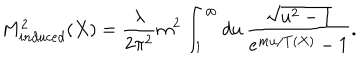
M _ { i n d u c e d } ^ { 2 } ( X ) = \frac { \lambda } { 2 \pi ^ { 2 } } m ^ { 2 } \int _ { 1 } ^ { \infty } d u \, \frac { \sqrt { u ^ { 2 } - 1 } } { e ^ { m u / T ( X ) } - 1 } .